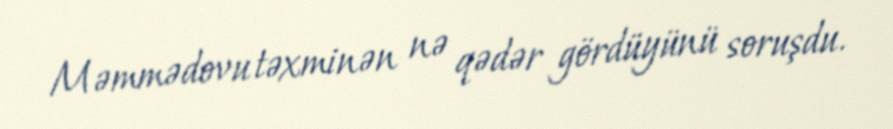
Məmmədovu təxminən nə qədər gördüyünü soruşdu.